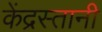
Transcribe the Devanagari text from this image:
केंद्रस्तानी